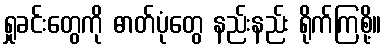
ရှုခင်းတွေကို ဓာတ်ပုံတွေ နည်းနည်း ရိုက်ကြစို့။